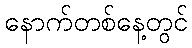
နောက်တစ်နေ့တွင်